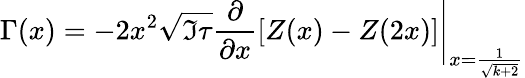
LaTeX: \Gamma(x)=\left.-2x^{2}\sqrt{\Im\tau}\frac{\partial}{\partial x}\left[Z(x)-Z(2x)\right]\right|_{x=\frac{1}{\sqrt{k+2}}}